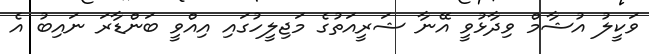
ވަކީލު އުޝާމް ވިދާޅުވީ އޭނާ ޝަރީއަތުގެ މަޖިލީހުގައި އިއްވީ ބަންޑާރަ ނައިބު އެ